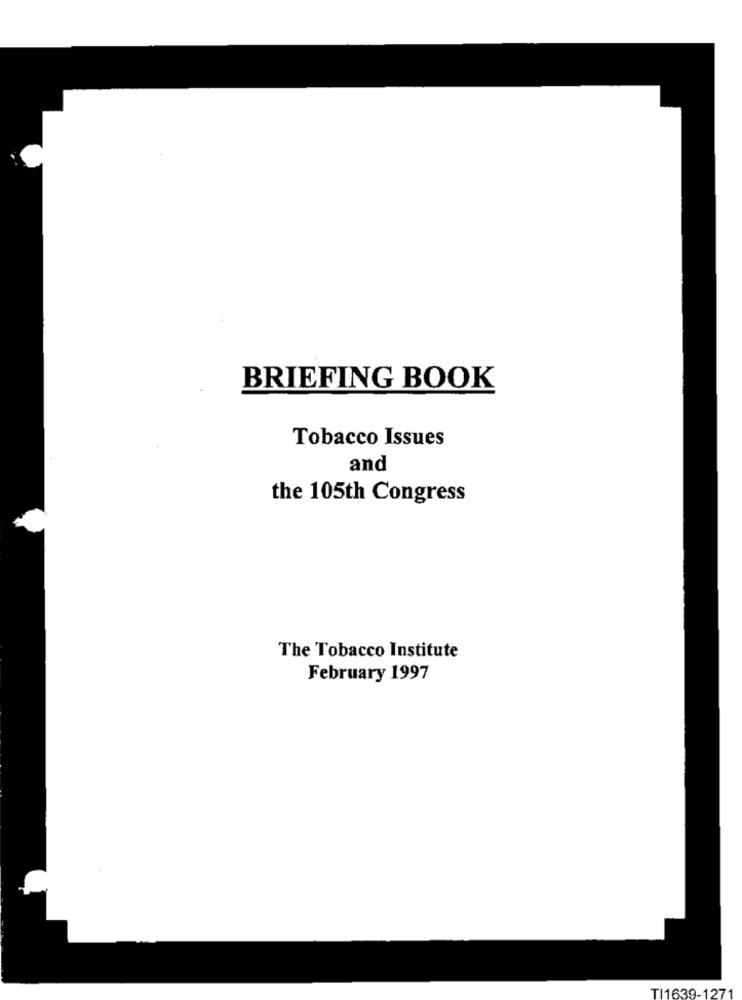
BRIEFING BOOK
Tobacco Issues
and
the 105th Congress
The Tobacco Institute
February 1997
TI1639-1271